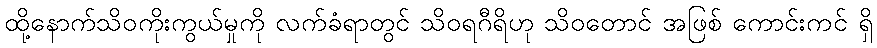
ထို့နောက်သိဝကိုးကွယ်မှုကို လက်ခံရာတွင် သိဝရဂီရိဟု သိဝတောင် အဖြစ် ကောင်းကင် ရှိ